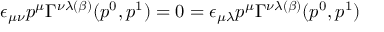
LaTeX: \epsilon _ { \mu \nu } p ^ { \mu } \Gamma ^ { \nu \lambda ( \beta ) } ( p ^ { 0 } , p ^ { 1 } ) = 0 = \epsilon _ { \mu \lambda } p ^ { \mu } \Gamma ^ { \nu \lambda ( \beta ) } ( p ^ { 0 } , p ^ { 1 } )